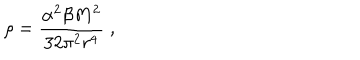
\rho = \frac { \alpha ^ { 2 } \beta M ^ { 2 } } { 3 2 \pi ^ { 2 } r ^ { 4 } } \; ,